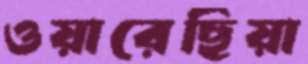
ওয়ারেছিয়া